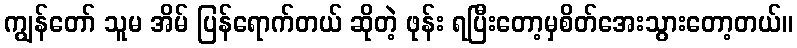
ကျွန်တော် သူမ အိမ် ပြန်ရောက်တယ် ဆိုတဲ့ ဖုန်း ရပြီးတော့မှစိတ်အေးသွားတော့တယ်။